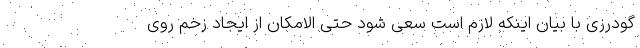
گودرزی با بیان اینکه لازم است سعی شود حتی الامکان از ایجاد زخم روی